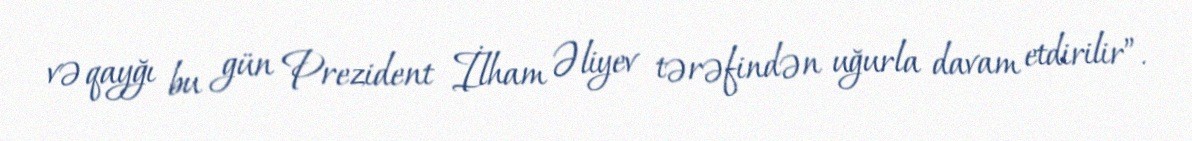
və qayğı bu gün Prezident İlham Əliyev tərəfindən uğurla davam etdirilir”.